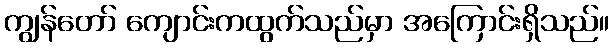
ကျွန်တော် ကျောင်းကထွက်သည်မှာ အကြောင်းရှိသည်။